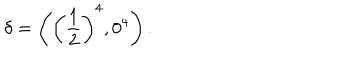
LaTeX: \delta = \left( \left( \frac { 1 } { 2 } \right) ^ { 4 } , 0 ^ { 4 } \right) .